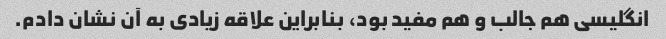
انگلیسی هم جالب و هم مفید بود، بنابراین علاقه زیادی به آن نشان دادم.